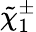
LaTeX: {\tilde{\chi}}_{1}^{\pm}